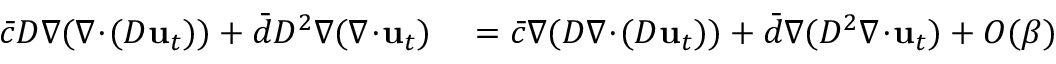
\begin{array} { r l } { \bar { c } D \nabla ( \nabla \! \cdot \! ( D \mathbf { u } _ { t } ) ) + \bar { d } D ^ { 2 } \nabla ( \nabla \! \cdot \! \mathbf { u } _ { t } ) } & { { } = \bar { c } \nabla ( D \nabla \! \cdot \! ( D \mathbf { u } _ { t } ) ) + \bar { d } \nabla ( D ^ { 2 } \nabla \! \cdot \! \mathbf { u } _ { t } ) + O ( \beta ) } \end{array}